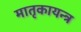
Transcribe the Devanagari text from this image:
मातृकायन्त्र